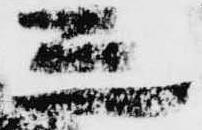
三